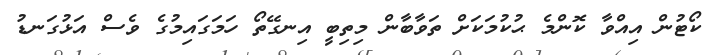
ކޯޓުން އިއްވާ ކޮންމެ ޙުކުމަކަށް ތަވާބާން މިތިބީ އިނގޭތޯ ހަމަގައިމުގެ ވެސް އަޅުގަނޑު